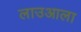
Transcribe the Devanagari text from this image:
लाउआला